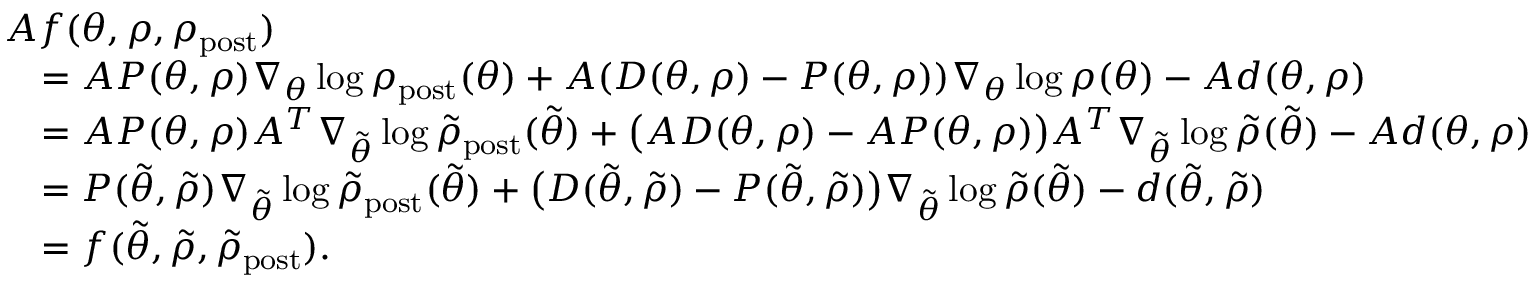
\begin{array} { r l } & { A f ( \theta , \rho , \rho _ { \mathrm { p o s t } } ) } \\ & { \quad = A P ( \theta , \rho ) \nabla _ { \theta } \log \rho _ { \mathrm { p o s t } } ( \theta ) + A ( D ( \theta , \rho ) - P ( \theta , \rho ) ) \nabla _ { \theta } \log \rho ( \theta ) - A d ( \theta , \rho ) } \\ & { \quad = A P ( \theta , \rho ) A ^ { T } \nabla _ { \tilde { \theta } } \log \tilde { \rho } _ { \mathrm { p o s t } } ( \tilde { \theta } ) + \bigl ( A D ( \theta , \rho ) - A P ( \theta , \rho ) \bigr ) A ^ { T } \nabla _ { \tilde { \theta } } \log \tilde { \rho } ( \tilde { \theta } ) - A d ( \theta , \rho ) } \\ & { \quad = P ( \tilde { \theta } , \tilde { \rho } ) \nabla _ { \tilde { \theta } } \log \tilde { \rho } _ { \mathrm { p o s t } } ( \tilde { \theta } ) + \bigl ( D ( \tilde { \theta } , \tilde { \rho } ) - P ( \tilde { \theta } , \tilde { \rho } ) \bigr ) \nabla _ { \tilde { \theta } } \log \tilde { \rho } ( \tilde { \theta } ) - d ( \tilde { \theta } , \tilde { \rho } ) } \\ & { \quad = f ( \tilde { \theta } , \tilde { \rho } , \tilde { \rho } _ { \mathrm { p o s t } } ) . } \end{array}